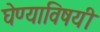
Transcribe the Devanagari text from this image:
घेण्‍याविषयी